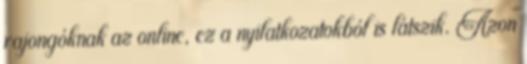
rajongóknak az online, ez a nyilatkozatokból is látszik. Azon